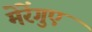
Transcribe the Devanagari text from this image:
मेरेंगुए